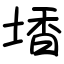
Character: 𡎟